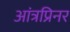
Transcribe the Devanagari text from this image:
आंत्रप्रिनर